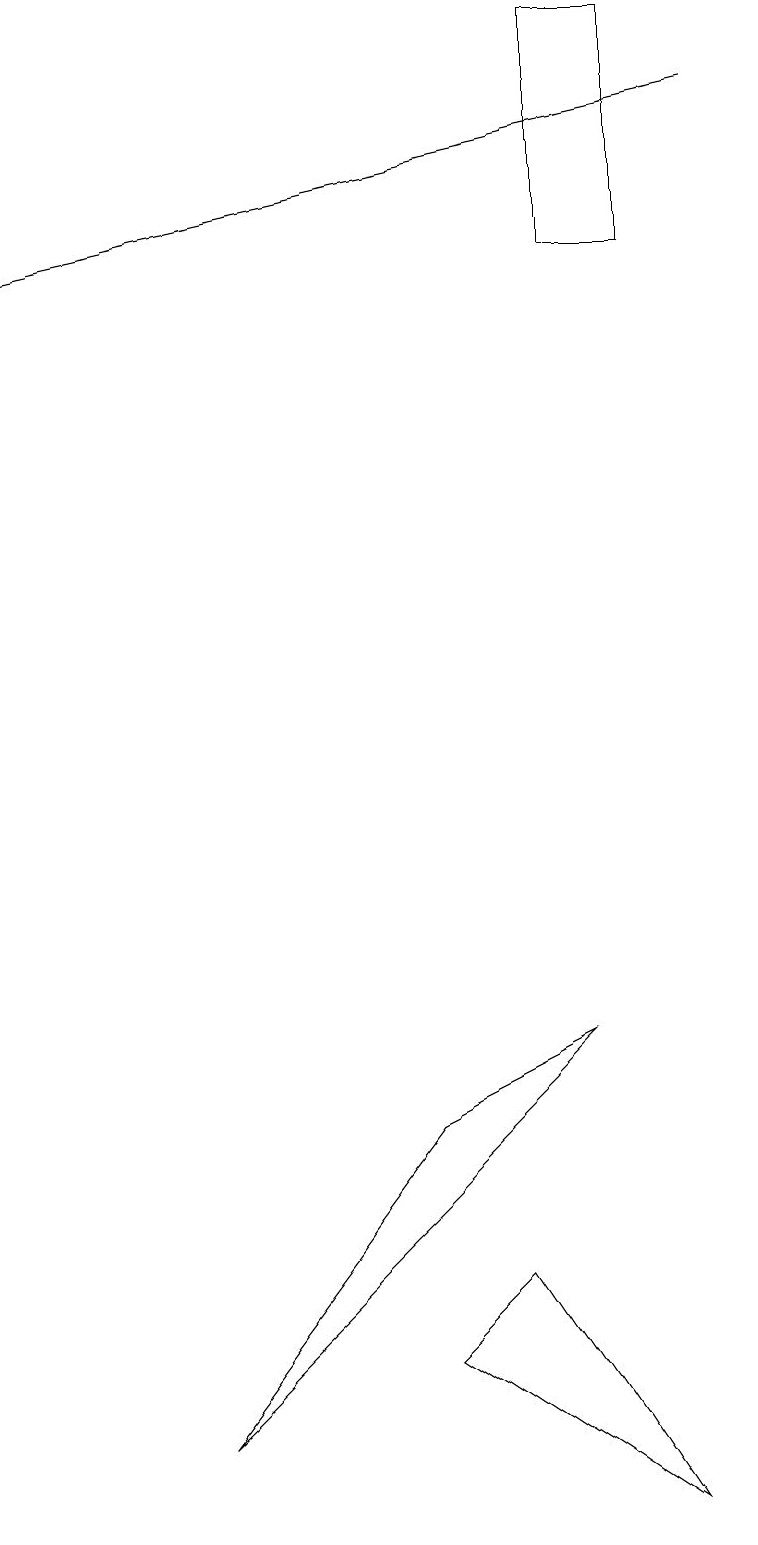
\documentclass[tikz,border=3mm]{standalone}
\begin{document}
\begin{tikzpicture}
\draw (5,2) -- (6,3) -- (8,0) -- cycle;
\draw[->] (9,18) -- (0,16);
\draw (8,19) rectangle (7,16);
\draw (2,1) -- (7,6) -- (5,5) -- cycle;
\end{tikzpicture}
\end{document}